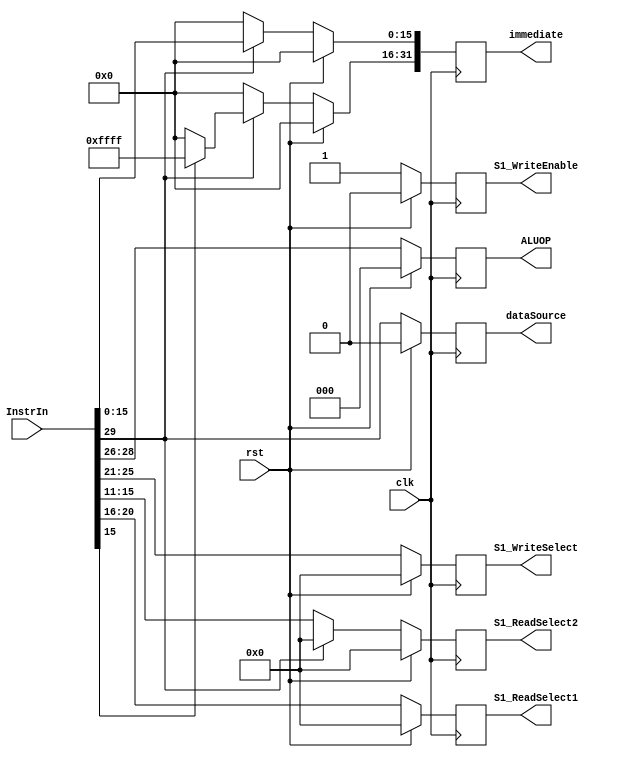
`timescale 1ns / 1ns
//////////////////////////////////////////////////////////////////////////////////
// Company: 
// Engineer: 
// 
// Design Name: 
// Module Name:    S1_Register 
// Project Name: 
// Target Devices: 
// Tool versions: 
// Description: 
//
// Dependencies: 
//
// Revision: 
// Revision 0.01 - File Created
// Additional Comments: 
//
//////////////////////////////////////////////////////////////////////////////////
module S1_Register(
	input clk,
	input rst,
	input [31:0] InstrIn,
	output reg [4:0] S1_ReadSelect1,
	output reg [4:0] S1_ReadSelect2,
	output reg [4:0] S1_WriteSelect,
	output reg S1_WriteEnable,
	output reg [31:0] immediate,
	output reg dataSource,
	output reg [2:0] ALUOP
   );

	always@(posedge clk)
		begin
		if (rst)
			begin
			S1_ReadSelect1 <= 5'd0;
			S1_ReadSelect2 <= 5'd0;
			S1_WriteSelect <= 5'd0;
			S1_WriteEnable <= 1'b0;
			immediate <= 32'b0;
			dataSource <= 1'b0;
			ALUOP <= 3'b0;
            dataSource <= 1'b0;
			end
		else
			begin
                if (InstrIn[29] == 1'b0) begin
                    S1_ReadSelect1 <= InstrIn[20:16];
                    S1_ReadSelect2 <= InstrIn[15:11];
                    S1_WriteSelect <= InstrIn[25:21];
                    S1_WriteEnable <= 1'b1;
                    ALUOP <= InstrIn[28:26];
                    immediate <= 32'b0;
                    dataSource <= InstrIn[29];
                end
                else begin
                    S1_ReadSelect1 <= InstrIn[20:16];
                    S1_ReadSelect2 <= 5'b0;
                    S1_WriteSelect <= InstrIn[25:21];
                    S1_WriteEnable <= 1'b1;
                    ALUOP <= InstrIn[28:26];
                    immediate[15:0] <= InstrIn[15:0];
                    immediate[31:16] <= (InstrIn[15] == 1) ? 16'hffff : 16'h0000;
                    dataSource <= InstrIn[29];
                end
			end
		end

endmodule